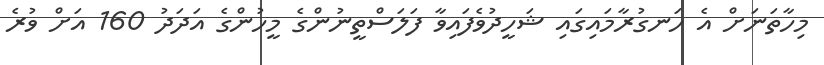
މިހާތަނަށް އެ ހަނގުރާމައިގައި ޝަހީދުވެފައިވާ ފަލަސްތީނުންގެ މީހުންގެ އަދަދު 160 އަށް ވުރެ